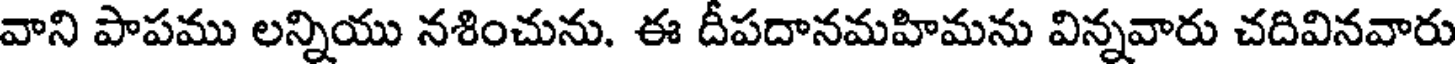
వాని పాపము లన్నియు నశించును. ఈ దీపదానమహిమను విన్నవారు చదివినవారు